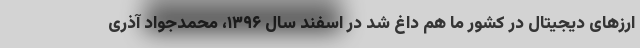
ارزهای دیجیتال در کشور ما هم داغ شد در اسفند سال ۱۳۹۶، محمدجواد آذری